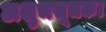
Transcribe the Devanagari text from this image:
अशुभसूचक।